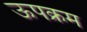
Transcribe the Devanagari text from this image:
ऊपक्रम